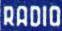
RADIO